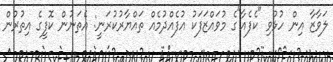
ލަވާޒާ އިން ހުޅުވި "ކެފެއާ"ގެ މުވައްޒަފަކު އުފެއްދުމެއް ތައްޔާރުކުރަނީ: އެތަނުން ކޮފީގެ އިތުރުން